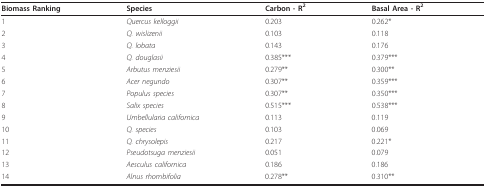
| Biomass Ranking | Species | Carbon - R2 | Basal Area - R2 |
 | --- | --- | --- | --- |
 | 1 | Quercus kelloggii | 0.203 | 0.262* |
 | 2 | Q. wislizenii | 0.103 | 0.118 |
 | 3 | Q. lobata | 0.143 | 0.176 |
 | 4 | Q. douglasii | 0.385*** | 0.379*** |
 | 5 | Arbutus menziesii | 0.279** | 0.300** |
 | 6 | Acer negundo | 0.307** | 0.359*** |
 | 7 | Populus species | 0.307** | 0.350*** |
 | 8 | Salix species | 0.515*** | 0.538*** |
 | 9 | Umbellularia californica | 0.113 | 0.119 |
 | 10 | Q. species | 0.103 | 0.069 |
 | 11 | Q. chrysolepis | 0.217 | 0.221* |
 | 12 | Pseudotsuga menziesii | 0.051 | 0.079 |
 | 13 | Aesculus californica | 0.186 | 0.186 |
 | 14 | Alnus rhombifolia | 0.278** | 0.310** |